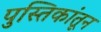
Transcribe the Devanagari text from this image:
पुस्तिकांतून